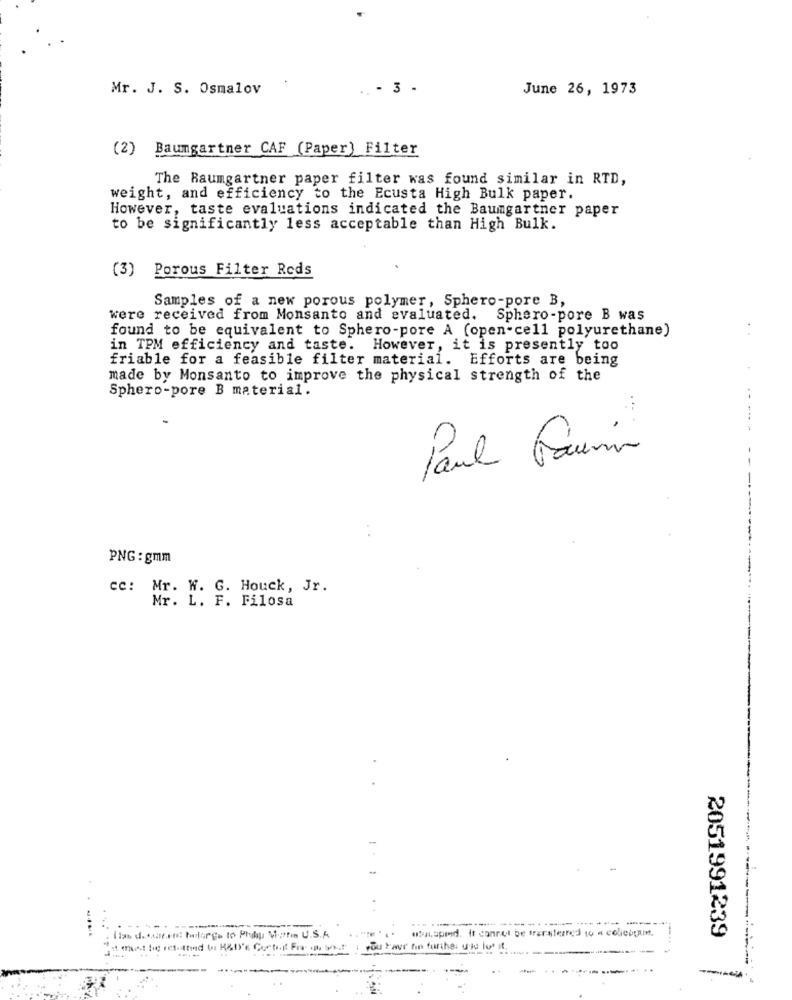
Mr. J. S. Osmalov
.. - 3 -
June 26, 1973
(2) Baumgartner CAF (Paper) Filter
The Baumgartner paper filter was found similar in RTD,
weight, and efficiency to the Ecusta High Bulk paper.
However, taste evaluations indicated the Baumgartner paper
to be significantly less acceptable than High Bulk.
(3) Porous Filter Reds
Samples of a new porous polymer, Sphero-pore B,
were received from Monsanto and evaluated. Sphero-pore B was
found to be equivalent to Sphero-pore A (open-cell polyurethane)
in TPM efficiency and taste. However, it is presently too
friable for a feasible filter material. Efforts are being
made by Monsanto to improve the physical strength of the
Sphero-pore B material.
Paul Fairin
PNG: gmm
cc: Mr. W. G. Houck, Jr.
Mr. L. F. Filosa
-
---
.--.
#a,spred. It conret be transferred wo a collepain.
2051991239
---..
1 rou Yavr hin further uid lut it.
-------